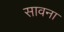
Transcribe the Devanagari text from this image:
सावना